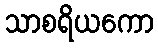
သာစရိယကော